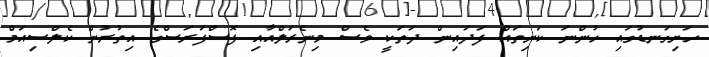
ހަށިގަނޑުގައި ހުންނަ ކަށިތައް ފަދައިން ދަތަކީ ވެސް މިނެރަލްއާއި ފޮސްފަރަސްގެ އިތުރުން ކެލްސިއަމް